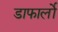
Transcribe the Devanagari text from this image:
डाफार्लो